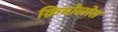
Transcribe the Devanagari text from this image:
क्रियोलोस